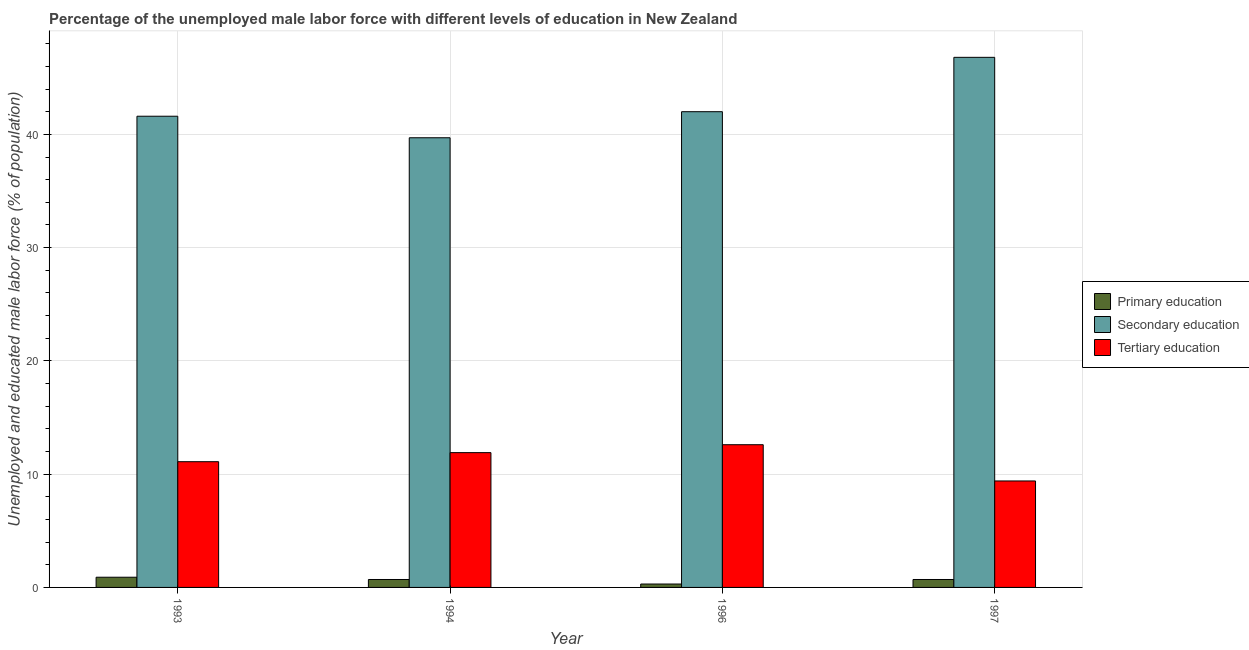
| Year | Primary education | Secondary education | Tertiary education |
 | --- | --- | --- | --- |
 | 1993 | 0.9 | 41.6 | 11.1 |
 | 1994 | 0.7 | 39.7 | 11.9 |
 | 1996 | 0.3 | 42 | 12.6 |
 | 1997 | 0.7 | 46.8 | 9.4 |